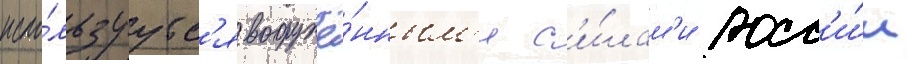
испо́льзуутс'я вооружё́нным'и с'и́лам'и росс'и́и